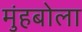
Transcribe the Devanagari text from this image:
मुंहबोला